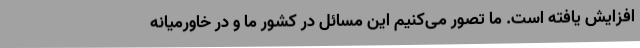
افزایش یافته است. ما تصور می‌کنیم این مسائل در کشور ما و در خاورمیانه